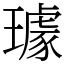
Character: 璩